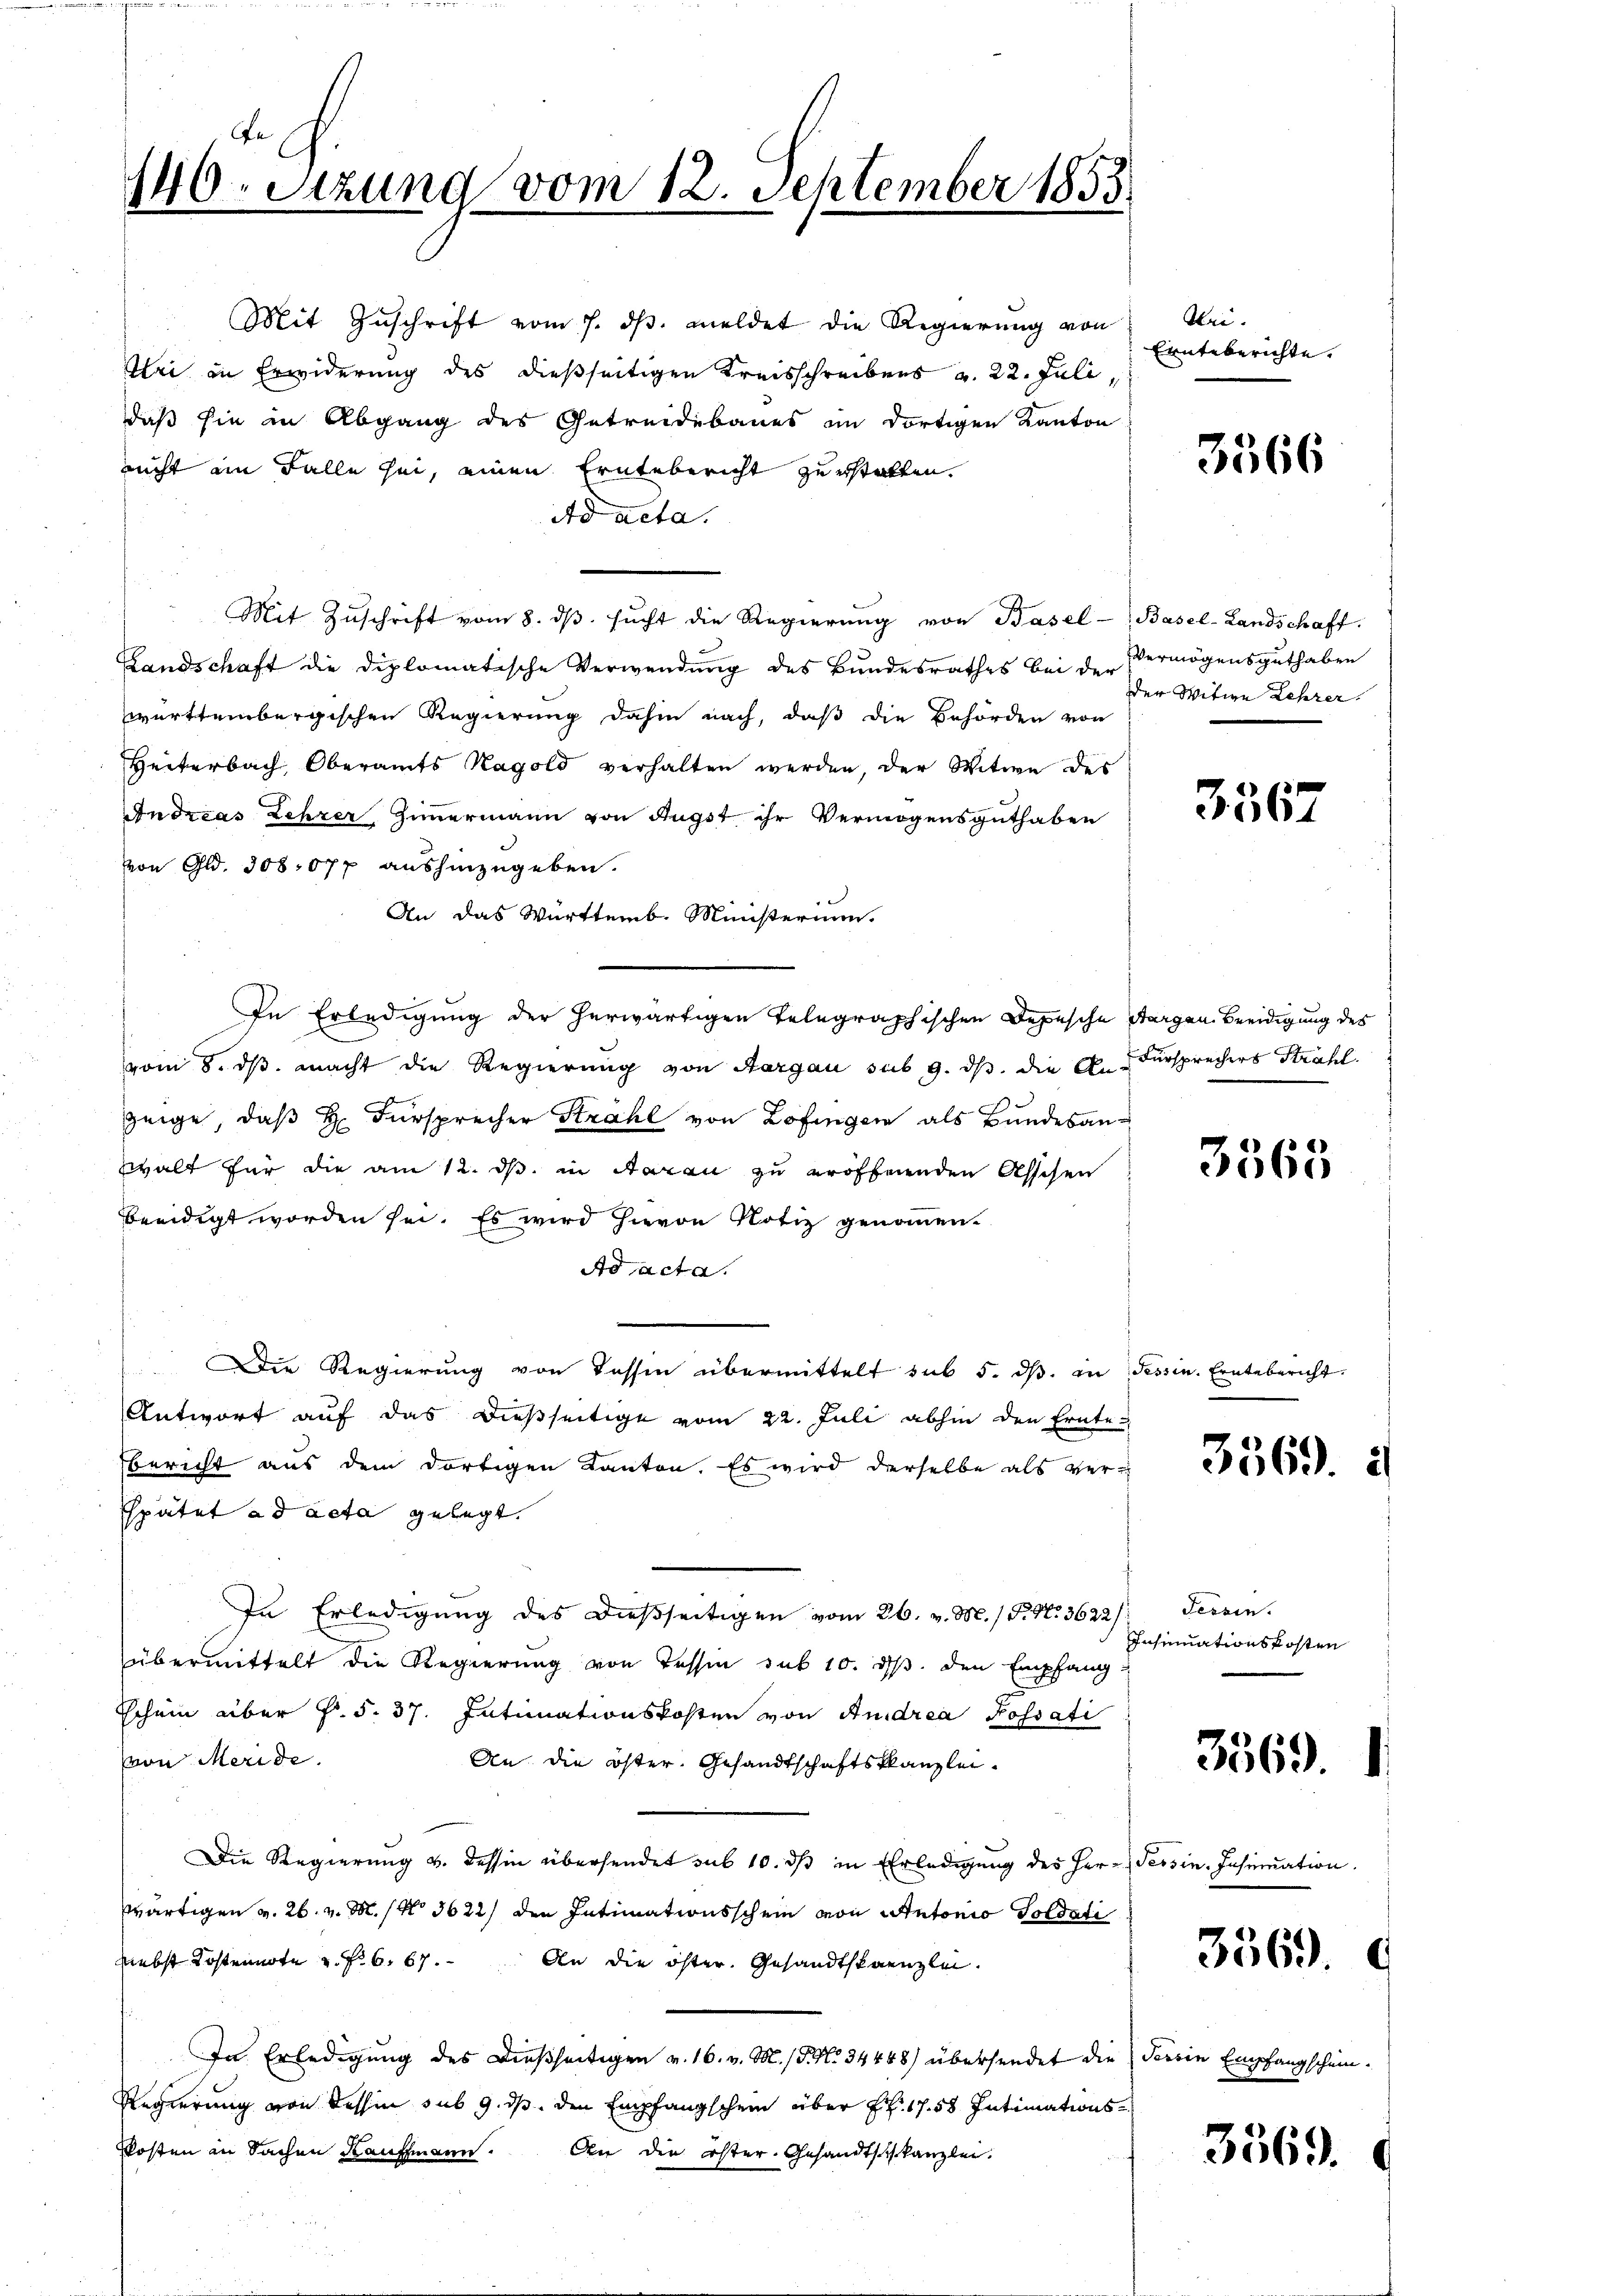
140. Sitzung vom 12. September 1855

Mit Zuschrift vom 7. dβ. meldet die Regierung von
Uri in Erwiderung des dießseitigen Kreisschreibens v. 22. Juli,
daß sie in Abgang des Getreidebaues im dortigen Kanton
nicht im Falle sei, einen Erntebericht zuerstatten.
Ad acta.
Mit Zuschrift vom 8. dβ. sucht die Regierung von Basel-
Landschaft die diplomatische Verwendung des Bundesrathes bei der Vermögensguthaben
württembergischen Regierung dahin nach, daß die Behörden von
Heiterbach, Oberamts Kagold verhalten werden, der Witwe des
Andreas Lehrer Zimmermann von Augst ihr Vermögensguthaben
von Gld. 308:077 aushinzugeben.
An das Württemb. Ministerium.
In Erledigung der herwärtigen Telegraphischen Depesche Aargau, Beeidigung des
vom 8. ds. macht die Regierung von Aargau sub 9. ds. die A. Fürsprechers Strahl.
zeige, daß Hr. Fürsprecher Strahl von Zofingen als Bundesanwalt für die am 12. ds. in Aarau zu eröffnenden Asschen
beeidigt worden sei. Es wird hievon Notiz genommen.
Ad acta.
u
Die Regierung von dessen übermittelt sub 5. ds. in Tessin. Erntebericht
Antwort auf das dießseitige vom 22. Juli abhin den Ernte
bericht aus dem dortigen Kanton. Es wird derselbe als ver¬
Spätet ad acta gelegt.
In Erledigung des dießseitigen vom 26. v. M. / P. Nr. 3622/
übermittelt die Regierung von Tessin sub 10. d. den Empfang
Schein über F. S. 37. Intimationskosten von Andrea Possati
von Meride.
An die öster, Gesandtschaftsklanzlei¬
Die Regierung v. dessen übersendet sub 10. dß in Erledigung des Herr Tessin. Insinuation.
wärtigen v. 26. v. M. No 3622) den Intimationsschein von Antonio Soldati
nebst Kostennote u. fr. 6. 67. An die öster. Gesandtskanzlei.
In Erledigung des dießseitigen v. 16. v. M. /. M. 34488) übersendet die
Regierung von dessin sub 9. ds. den Empfangschein über Fr. 1758 Intimations-
Kosten in Sachen Kaufmann.
An die öster. Gesandtschkanzlei.

Bei.
Einteberichte.

3566

Basel-Landschaft.
der Witwe Lehrer

3567

3565

3369. 2

Fessen.
Insinuationskosten

3369.

3569.

Torten Empfangschein.

3569.

C